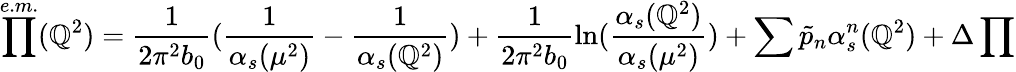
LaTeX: \prod^{e.m.}(\mathbb{Q}^{2})=\frac{{1}}{{2\pi^{2}b_{0}}}(\frac{{1}}{{\alpha_{s}(\mu^{2})}}-\frac{{1}}{{\alpha_{s}(\mathbb{Q}^{2})}})+\frac{{1}}{{2\pi^{2}b_{0}}}\ln(\frac{{\alpha_{s}(\mathbb{Q}^{2})}}{{\alpha_{s}(\mu^{2})}})+\sum\tilde{{p}}_{n}\alpha_{s}^{n}(\mathbb{Q}^{2})+\Delta\prod